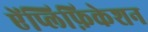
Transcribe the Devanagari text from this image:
ऐंप्लिफ़िकेशन